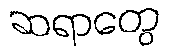
ဆရာတွေ